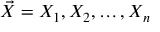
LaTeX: { \vec { X } } = X _ { 1 } , X _ { 2 } , \dots , X _ { n }